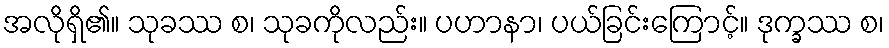
အလိုရှိ၏။ သုခဿ စ၊ သုခကိုလည်း။ ပဟာနာ၊ ပယ်ခြင်းကြောင့်။ ဒုက္ခဿ စ၊